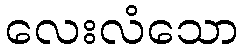
လေးလံသော